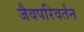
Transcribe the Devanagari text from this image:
जैवपरिवर्तन